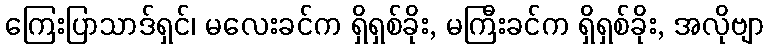
ကြေးပြာသာဒ်ရှင်၊ မလေးခင်က ရှိရှစ်ခိုး, မကြီးခင်က ရှိရှစ်ခိုး, အလိုဗျာ